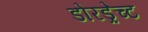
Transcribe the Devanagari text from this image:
डोरड्रेच्ट